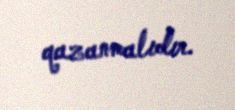
qazanmalıdır.